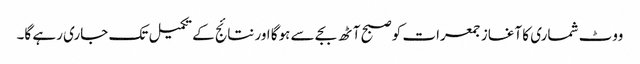
ووٹ شماری کا آغاز جمعرات کو صبح آٹھ بجے سے ہوگا اور نتائج کے تکمیل تک جاری رہے گا۔